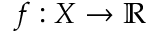
f : X \rightarrow \mathbb { R }